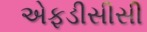
એફડીસીસી